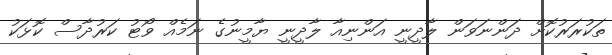
ތަކުރަރުކޮށް ދަންނަވަން ލާދީނީ އަންނިއާ ލާދީނީ ޔާމީނުގެ ނަމެއް ވޯޓު ކަރުދާސް ކޮޅަކު